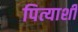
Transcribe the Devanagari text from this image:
पित्याशी